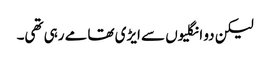
لیکن دو انگلیوں سے ایڑی تھامے رہی تھی۔